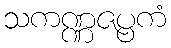
သကဏ္ဏဇပ္ပကံ